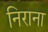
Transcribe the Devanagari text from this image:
निराना